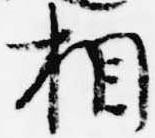
相